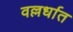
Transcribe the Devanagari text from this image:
वल्लर्धात